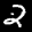
Label: 2